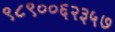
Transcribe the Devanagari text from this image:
९८९००६२३५७